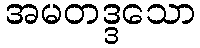
အမတဒ္ဒသော